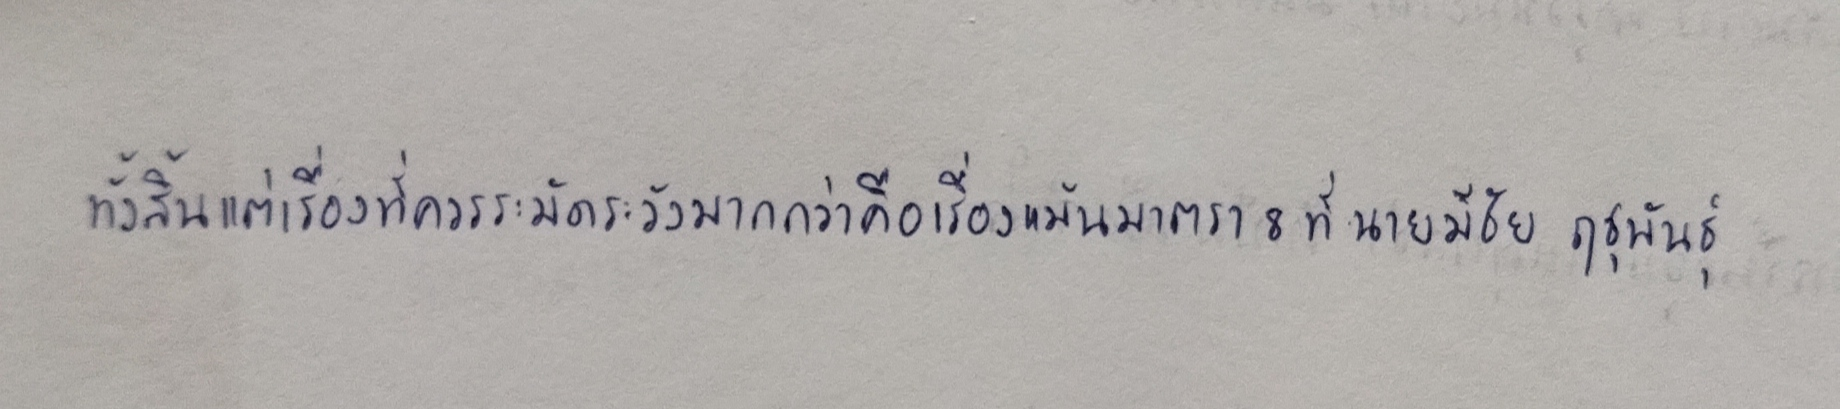
ทั้งสิ้นแต่เรื่องที่ควรระมัดระวังมากกว่าคือเรื่องแม้นมาตรา8ที่นายมีชัย ฤชุพันธุ์